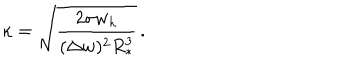
\kappa = \sqrt { \frac { 2 \sigma w _ { h } } { ( \Delta w ) ^ { 2 } R _ { * } ^ { 3 } } } \, .